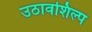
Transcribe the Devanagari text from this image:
उठावशिल्प